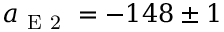
a _ { \mathrm { ~ E ~ 2 ~ } } = - 1 4 8 \pm 1